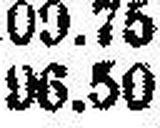
96.50